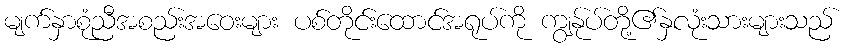
မျက်နှာစုံညီအစည်းအဝေးများ ပစ်တိုင်းထောင်အရုပ်ကို ကျွန်ုပ်တို့၏နှလုံးသားများသည်